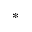
\ast